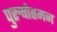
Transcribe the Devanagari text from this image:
पुरुषोतमन